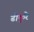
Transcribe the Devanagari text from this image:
ढीकुरे